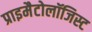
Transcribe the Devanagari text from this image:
प्राइमैटोलॉजिस्ट